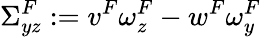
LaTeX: \Sigma_{yz}^{F}:=v^{F}\omega_{z}^{F}-w^{F}\omega_{y}^{F}